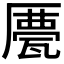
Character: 𠪹